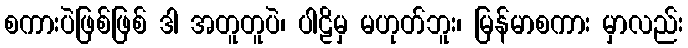
စကားပဲဖြစ်ဖြစ် ဒါ အတူတူပဲ၊ ပါဠိမှ မဟုတ်ဘူး၊ မြန်မာစကား မှာလည်း